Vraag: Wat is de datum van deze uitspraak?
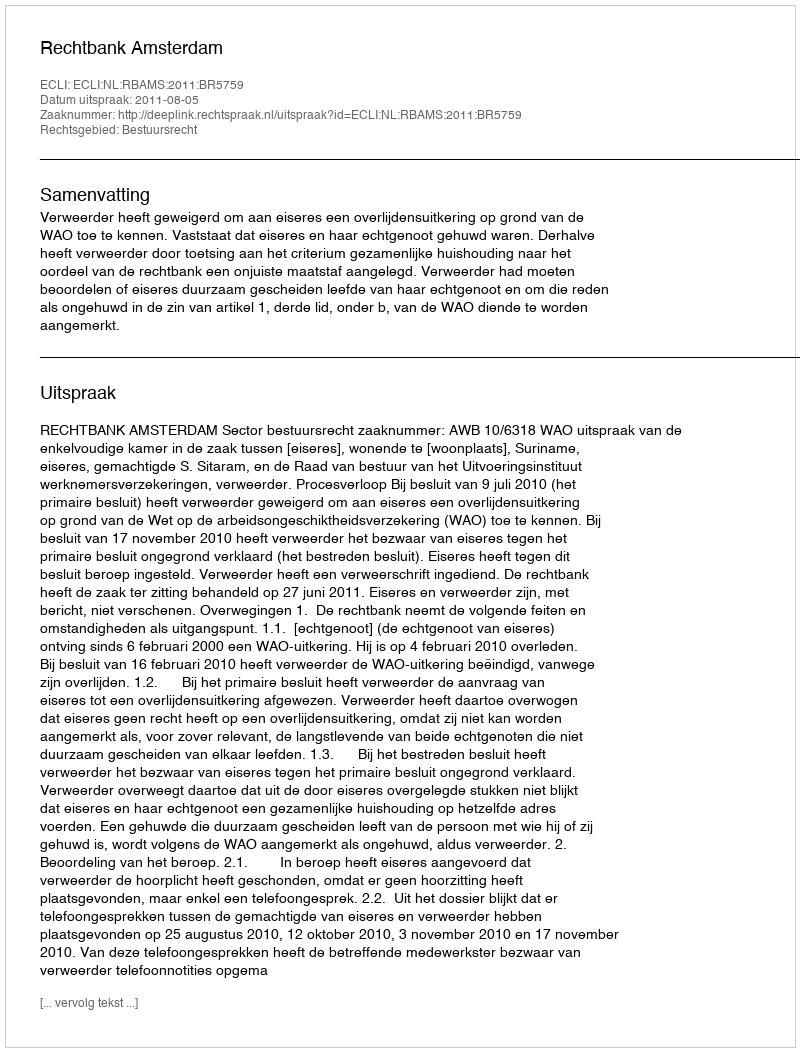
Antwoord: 2011-08-05